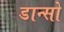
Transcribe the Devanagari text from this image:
डान्सो